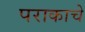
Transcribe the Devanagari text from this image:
पराकाचे